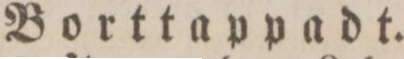
Borttappadt.